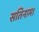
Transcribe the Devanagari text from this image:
सतिनाम।